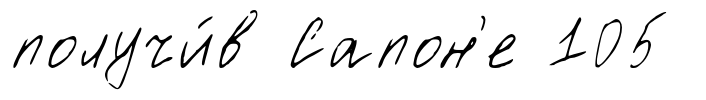
получи́в Сапон'е 105